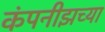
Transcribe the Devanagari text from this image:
कंपनीझच्या